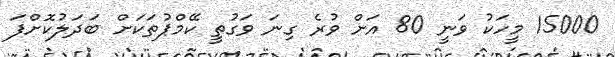
15000 މީހަކު ވަނީ 80 އަށް ވުރެ ގިނަ ވަގުތީ ކޭމްޕުތަކަށް ބަދަލުކޮށްފަ